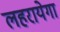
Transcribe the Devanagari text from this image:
लहरायेगा